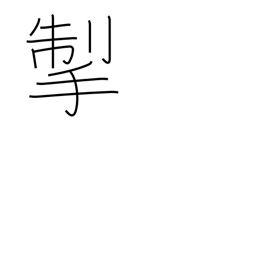
Meaning: pull back